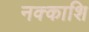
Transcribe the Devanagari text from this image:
नक्काशि